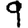
Digit: 9